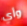
وأي